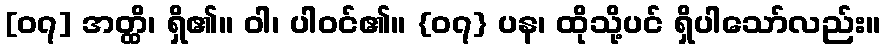
[၀၇] အတ္ထိ၊ ရှိ၏။ ဝါ၊ ပါဝင်၏။ {၀၇} ပန၊ ထိုသို့ပင် ရှိပါသော်လည်း။